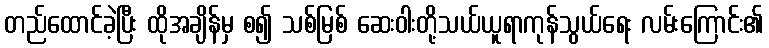
တည်ထောင်ခဲ့ပြီး ထိုအချိန်မှ စ၍ သစ်မြစ် ဆေးဝါးတို့သယ်ယူရာကုန်သွယ်ရေး လမ်းကြောင်း၏